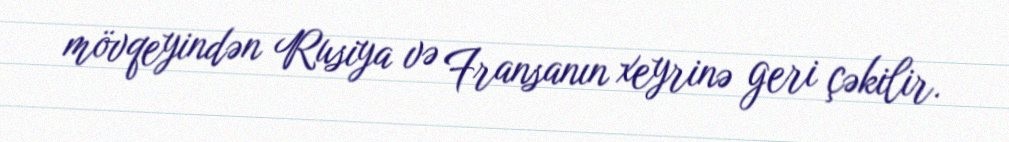
mövqeyindən Rusiya və Fransanın xeyrinə geri çəkilir.